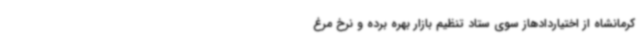
کرمانشاه از اختیاردادهاز سوی ستاد تنظیم بازار بهره برده و نرخ مرغ